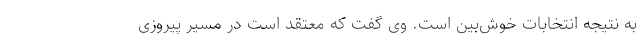
به نتیجه انتخابات خوش‌بین است. وی گفت که معتقد است در مسیر پیروزی